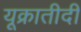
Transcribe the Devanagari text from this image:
यूक्रातीदी